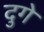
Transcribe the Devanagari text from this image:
दुगे